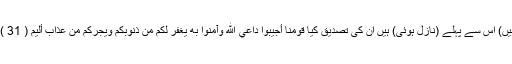
جو (کتابیں) اس سے پہلے (نازل ہوئی) ہیں ان کی تصدیق کيَا قَوْمَنَا أَجِيبُوا دَاعِيَ اللَّهِ وَآمِنُوا بِهِ يَغْفِرْ لَكُم مِّن ذُنُوبِكُمْ وَيُجِرْكُم مِّنْ عَذَابٍ أَلِيمٍ ( 31 ) اے قوم!